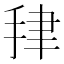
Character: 𰓪